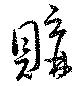
購